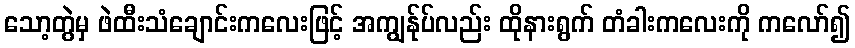
သော့တွဲမှ ဖဲထီးသံချောင်းကလေးဖြင့် အကျွန်ုပ်လည်း ထိုနားရွက် တံခါးကလေးကို ကလော်၍